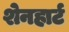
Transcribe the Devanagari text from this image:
शेनहार्ट